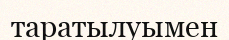
таратылуымен